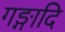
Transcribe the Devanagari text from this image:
गङ्गादि